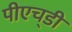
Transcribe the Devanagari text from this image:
पीएच्‌डी